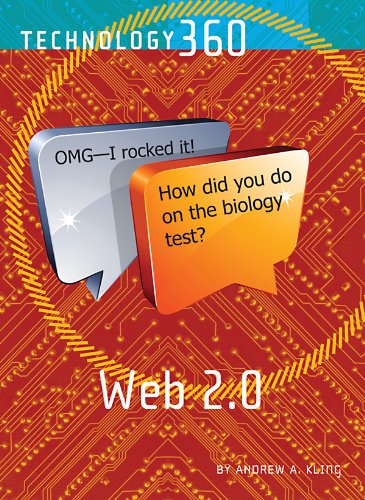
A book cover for Web 2.0 (Technology 360); Andrew A. Kling; Teen & Young Adult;